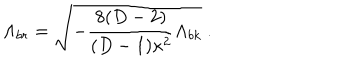
\Lambda _ { b r } = \sqrt { - \frac { 8 ( D - 2 ) } { ( D - 1 ) \kappa ^ { 2 } } \Lambda _ { b k } } \ .